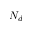
N _ { d }